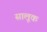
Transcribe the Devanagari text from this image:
सालूक